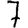
Digit: 7